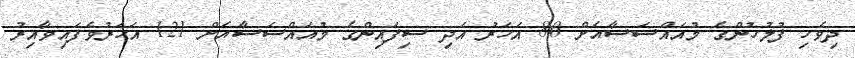
ދިވެހި ފުލުހުންގެ މުއައްސަސާއަށް 80 އަހަރު އަދި ސިފައިންގެ މުއައްސަސާއަށް 121 އަހަރުވެފައިވާއިރު